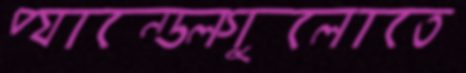
প্যান্ডেলগুলোতে